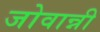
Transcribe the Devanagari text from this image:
जोवान्नी